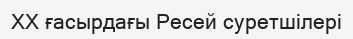
XX ғасырдағы Ресей суретшілері